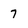
Character: 7